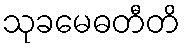
သုခမေဓတီတိ